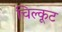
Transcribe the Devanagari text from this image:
चिल्कूट